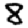
Digit: 8